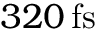
3 2 0 \, \mathrm { f s }